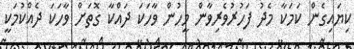
ކިޔައިގެން ކަމަކާ މެދު ފަހުރުވެރިވާން މީހުން ވާހަކަ ދައްކާ ގޮތަށް ވާހަކަ ދެއްކުމަކީ